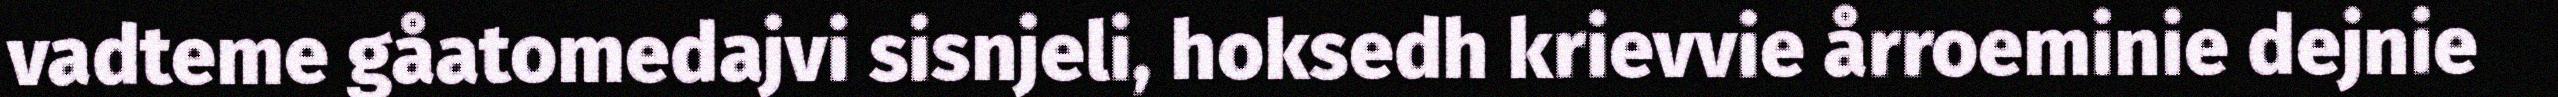
vadteme gåatomedajvi sisnjeli, hoksedh krievvie årroeminie dejnie